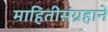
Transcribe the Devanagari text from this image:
माहितीसंग्रहाने